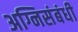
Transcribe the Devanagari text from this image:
अग्निसंबंधी